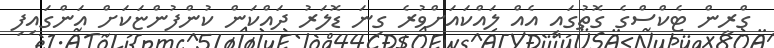
ގްރީން ޓެކްސްގެ ގޮތުގައި އެއް ލައްކައަށްވުރެ ގިނަ ޑޮލަރު ދައްކަން ކުންފުންޏަކަށް އަންގައިފި